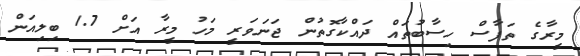
މީރާގެ ތަފާސް ހިސާބުތައް ދައްކާގޮތުން ޖަނަވަރީ މަހު މީރާ އަށް 1.7 ބިލިއަން